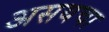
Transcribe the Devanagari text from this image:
असयचा